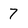
Character: 7